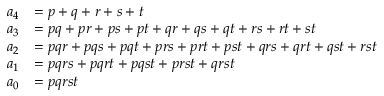
\begin{array} { r l } { a _ { 4 } } & { = p + q + r + s + t } \\ { a _ { 3 } } & { = p q + p r + p s + p t + q r + q s + q t + r s + r t + s t } \\ { a _ { 2 } } & { = p q r + p q s + p q t + p r s + p r t + p s t + q r s + q r t + q s t + r s t } \\ { a _ { 1 } } & { = p q r s + p q r t + p q s t + p r s t + q r s t } \\ { a _ { 0 } } & { = p q r s t } \end{array}